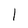
Character: l